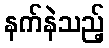
နက်နဲသည့်